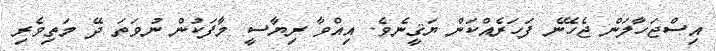
އިސްޖަހާލަން ޖެހޭނެ ފަހަރެއްކަން ޔަޤީނެވެ. އިއްވާ ރިޔާސީ މާފަކުން ނުވަތަ ދޭ މަތިވެރި